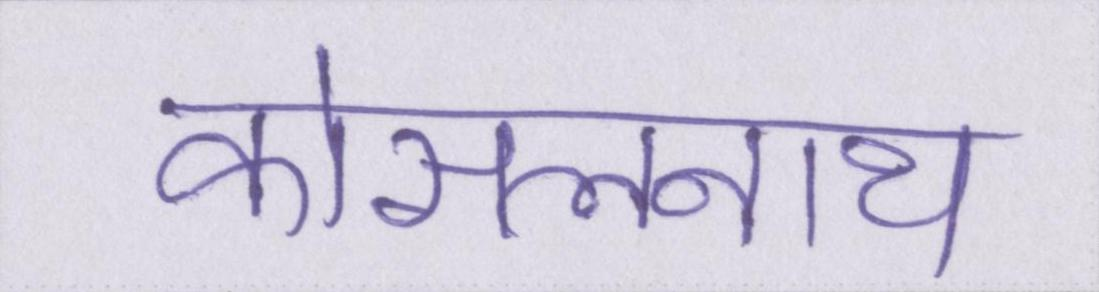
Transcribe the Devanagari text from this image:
कोसलनाथ